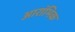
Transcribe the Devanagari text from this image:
आरांभिक